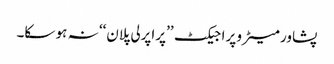
پشاور میٹرو پراجیکٹ ’’پراپرلی پلان‘‘ نہ ہو سکا۔